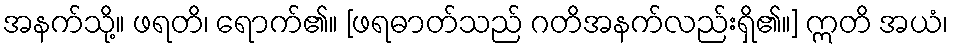
အနက်သို့။ ဖရတိ၊ ရောက်၏။ [ဖရဓာတ်သည် ဂတိအနက်လည်းရှိ၏။] ဣတိ အယံ၊